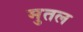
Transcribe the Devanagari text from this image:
मुतल